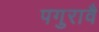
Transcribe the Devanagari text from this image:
पगुरावै